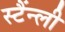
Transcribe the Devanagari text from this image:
स्टैंन्ली